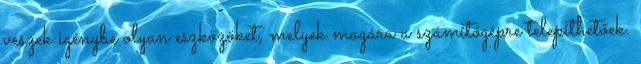
veszek igénybe olyan eszközöket, melyek magára a számítógépre telepíthetőek.